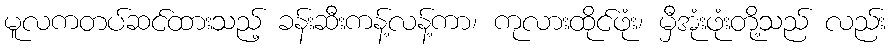
မူလကတပ်ဆင်ထားသည့် ခန်းဆီးကန့်လန့်ကာ၊ ကုလားထိုင်ဖုံး၊ မှီအုံးဖုံးတို့သည် လည်း